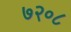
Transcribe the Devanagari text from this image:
७२०८